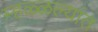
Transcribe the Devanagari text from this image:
म्हळ्ळल्यांत